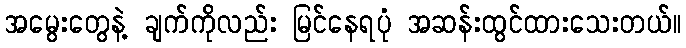
အမွေးတွေနဲ့ ချက်ကိုလည်း မြင်နေရပုံ အဆန်းထွင်ထားသေးတယ်။